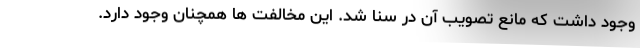
وجود داشت که مانع تصویب آن در سنا شد. این مخالفت ها همچنان وجود دارد.